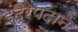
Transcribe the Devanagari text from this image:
इंद्रपदाने